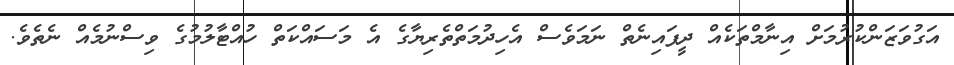
އަގުވަޒަންކުރުމަށް އިނާމްތަކެއް ދީފައިނެތް ނަމަވެސް އެހިދުމަތްތެރިޔާގެ އެ މަސައްކަތް ހުއްޓާލުމުގެ ވިސްނުމެއް ނެތެވެ.